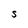
Character: s